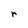
Character: r